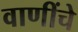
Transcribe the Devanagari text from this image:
वाणींचे